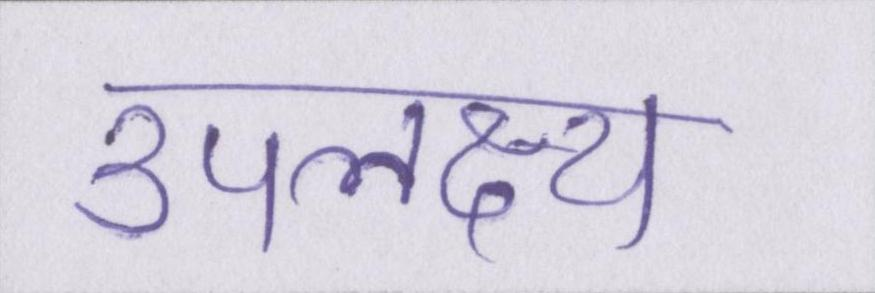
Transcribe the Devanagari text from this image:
उपलक्ष्य